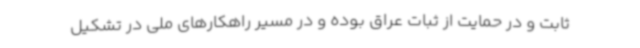
ثابت و در حمایت از ثبات عراق بوده و در مسیر راهکارهای ملی در تشکیل